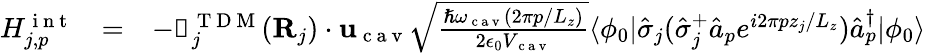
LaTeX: \begin{array}{ccl}{H_{j,p}^{\mathrm{~i~n~t~}}}&{=}&{-{\boldsymbol{\upmu}}_{j}^{\mathrm{~T~D~M~}}({\mathbf{R}}_{j})\cdot{\mathbf{u}}_{\mathrm{~c~a~v~}}\sqrt{\frac{\hslash\omega_{\mathrm{~c~a~v~}}(2\pi p/L_{z})}{2\epsilon_{0}V_{\mathrm{~c~a~v~}}}}\langle\phi_{0}|\hat{\sigma}_{j}(\hat{\sigma}_{j}^{+}\hat{a}_{p}e^{i2\pi pz_{j}/L_{z}})\hat{a}_{p}^{\dagger}|\phi_{0}\rangle}\end{array}